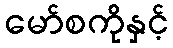
မော်စကိုနှင့်